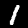
Digit: 1